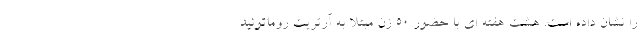
را نشان داده است. هشت هفته ای با حضور 50 زن مبتلا به آرتریت روماتوئید